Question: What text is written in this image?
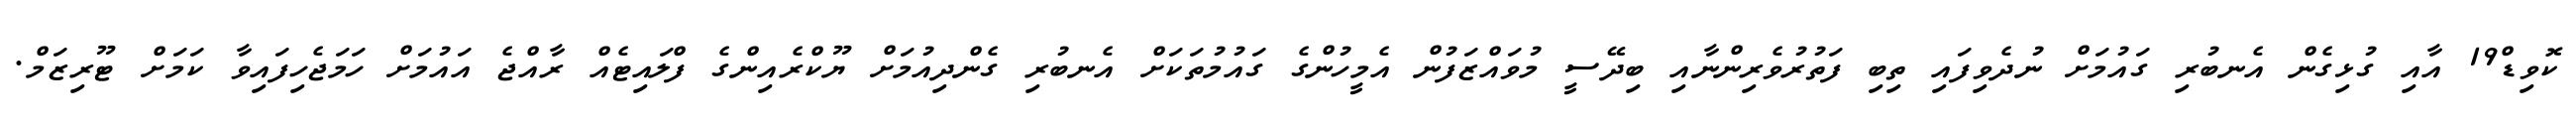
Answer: ކޮވިޑް19 އާއި ގުޅިގެން އެނބުރި ގައުމަށް ނުދެވިފައި ތިބި ފަތުރުވެރިންނާއި ބިދޭސީ މުވައްޒަފުން އެމީހުންގެ ގައުމުތަކަށް އެނބުރި ގެންދިއުމަށް ޔޫކްރެއިންގެ ފްލައިޓެއް ރާއްޖެ އައުމަށް ހަމަޖެހިފައިވާ ކަމަށް ޓޫރިޒަމް.